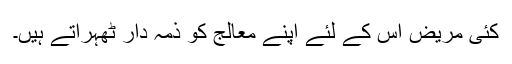
کئی مریض اس کے لئے اپنے معالج کو ذمہ دار ٹھہراتے ہیں۔